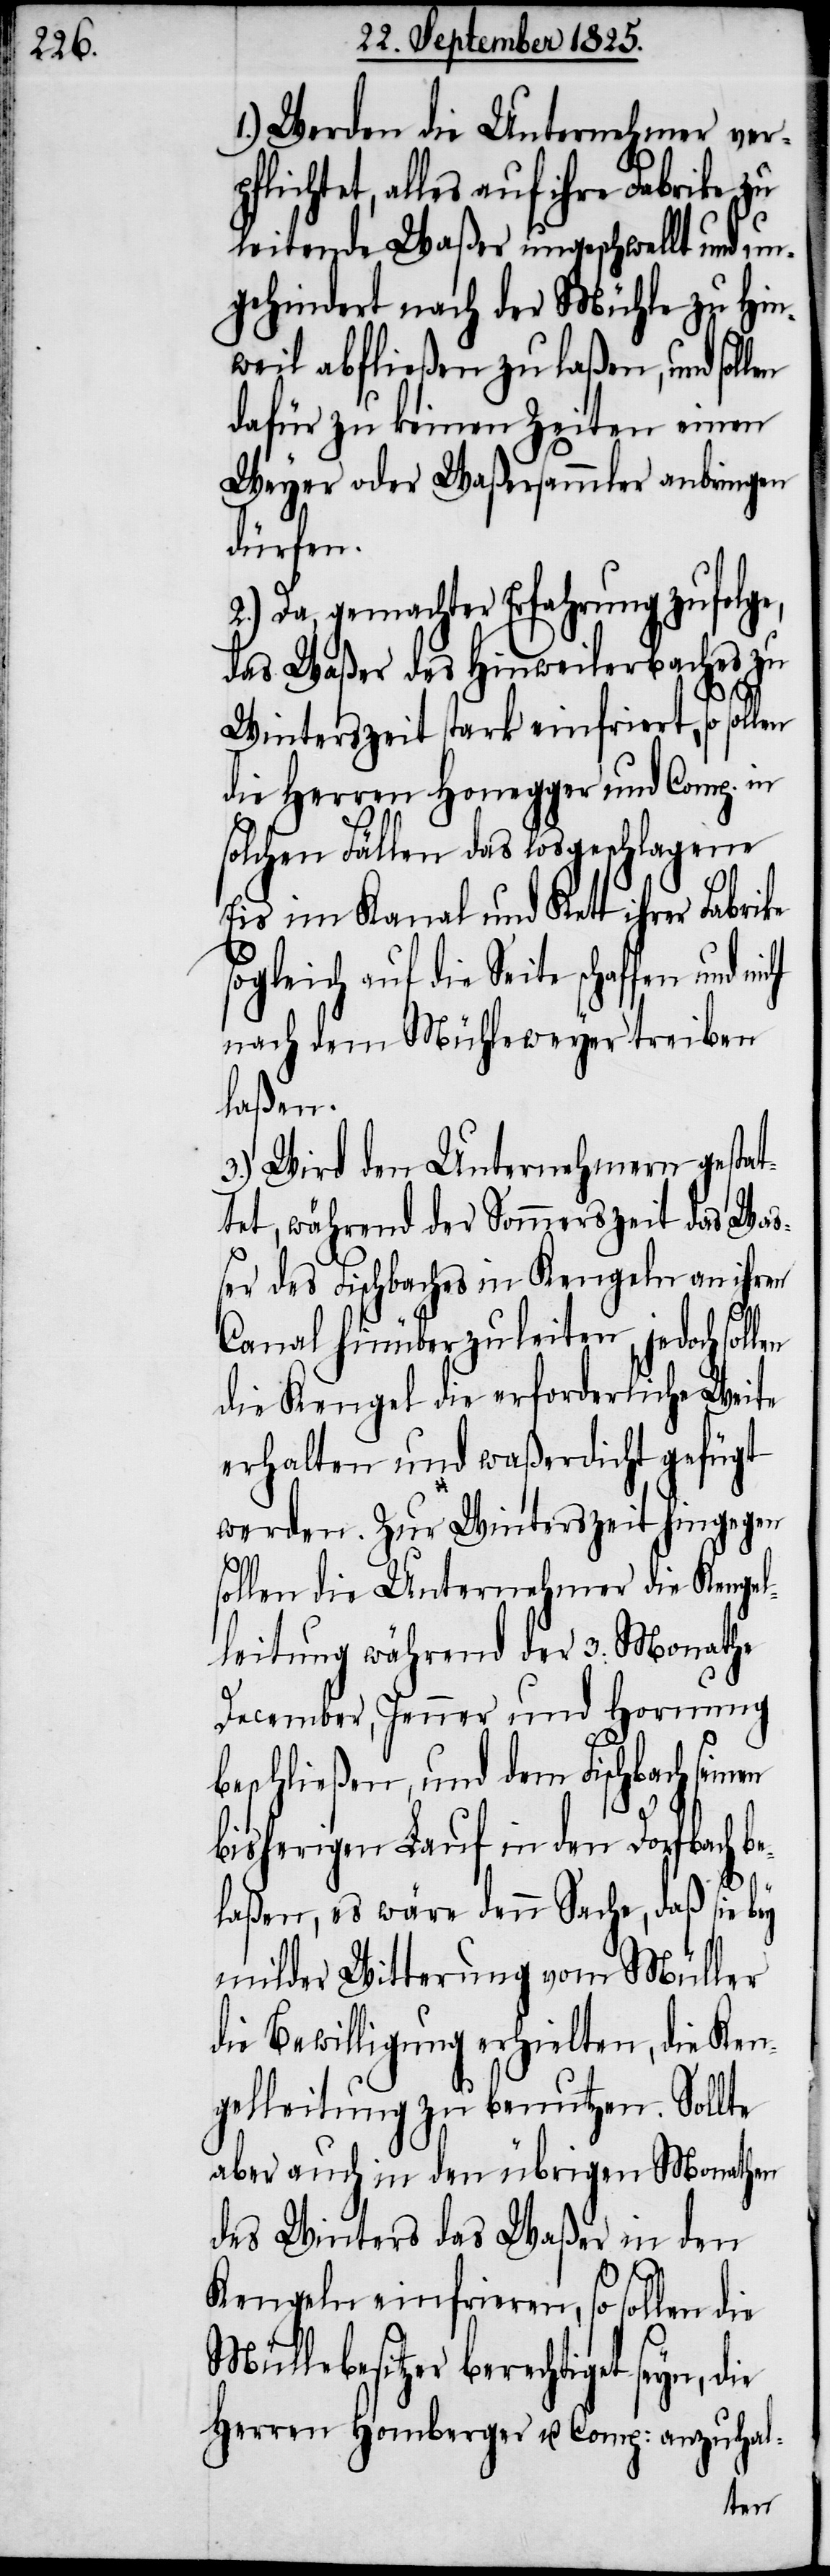
1.) Werden die Unternehmer ver¬
lichtet, alles auf ihre Fabrike zu
leitende Waßer ungeschwellt und u¬
ngehindert nach der Mühle zu Hin¬
weil abfließen zu laßen, und sol¬
dafür zu keinen Zeiten einen
Weyer oder Waßersammler anbringen
dürfen.
2.) Da, gemachter Erfahrung zufolge,
das Waßer des Hinweilerbaches zu
Winterszeit stark einfriert, so sollen
die Herren Honegger und Comp. in
solchen Fällen das losgeschlagene
Eis im Kanal und Kett ihrer Fabrike
sogleich auf die Seite schaffen und
nach dem Mühleweyer treiben
laßen.
3.) Wird den Unternehmern gestat¬
tet, während der Sommerszeit des Was¬
ser des Fischbaches in Kengeln an ihren
Canal hinüber zu leiten, jedoch sol¬
die Kengel die erforderliche Weise
erhalten und waßerdicht gefügt
werden. Zur Winterszeit hingegen
sollen die Unternehmer die Kengel¬
leitung während der 3. Monathe
December, Jenner und Hornung
beschließen, und dem Fischbach seinen
bisherigen Lauf in den Dorfbach be¬
pf¬
laßen, es wäre denn Sache, daß sie bey
milder Witterung vom Müller
die Bewilligung erhielten, die Ken¬
gelleitung zu benutzen. Sollte
aber auch in den übrigen Monathen
des Winters das Waßer in den
Kengeln einfrieren, so sollen die
Mühlebesitzer berechtiget seyn, die
Herren Homberger u. Comp: anzuhal-
len